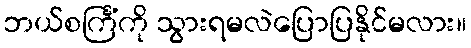
ဘယ်စင်္ကြံကို သွားရမလဲပြောပြနိုင်မလား။